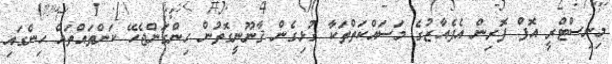
މިނިސްޓްރީ އޮފް ފޮރިން އެފެއާޒުގެ މަސައްކަތްތަކާ ގުޅިގެން ޤާނޫނީގޮތުން ހިންގަންޖެހޭ ކަންތައްތައް ހިންގައި